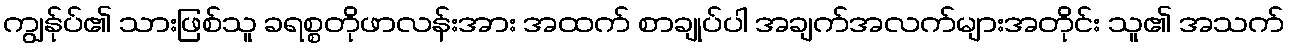
ကျွန်ုပ်၏ သားဖြစ်သူ ခရစ္စတိုဖာလန်းအား အထက် စာချုပ်ပါ အချက်အလက်များအတိုင်း သူ၏ အသက်